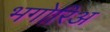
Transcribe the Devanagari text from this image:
भगोरिअ